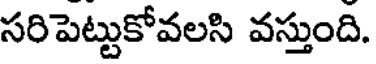
సరిపెట్టుకోవలసి వస్తుంది.